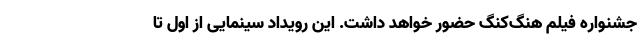
جشنواره فیلم هنگ‌کنگ حضور خواهد داشت. این رویداد سینمایی از اول تا